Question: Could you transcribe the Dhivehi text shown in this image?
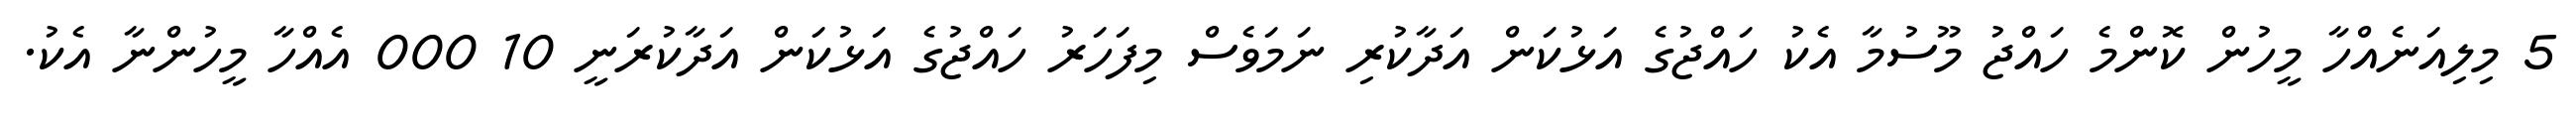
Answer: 5 މިލިއަނެއްހާ މީހުން ކޮންމެ ހައްޖު މޫސުމާ އެކު ހައްޖުގެ އަޅުކަން އަދާކުރި ނަމަވެސް މިފަހަރު ހައްޖުގެ އަޅުކަން އަދާކުރަނީ 10 000 އެއްހާ މީހުންނާ އެކު.